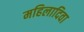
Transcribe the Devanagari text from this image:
महिलादिवा